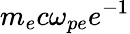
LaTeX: m_{e}c\omega_{pe}e^{-1}